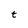
Character: t